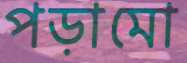
পড়ামো